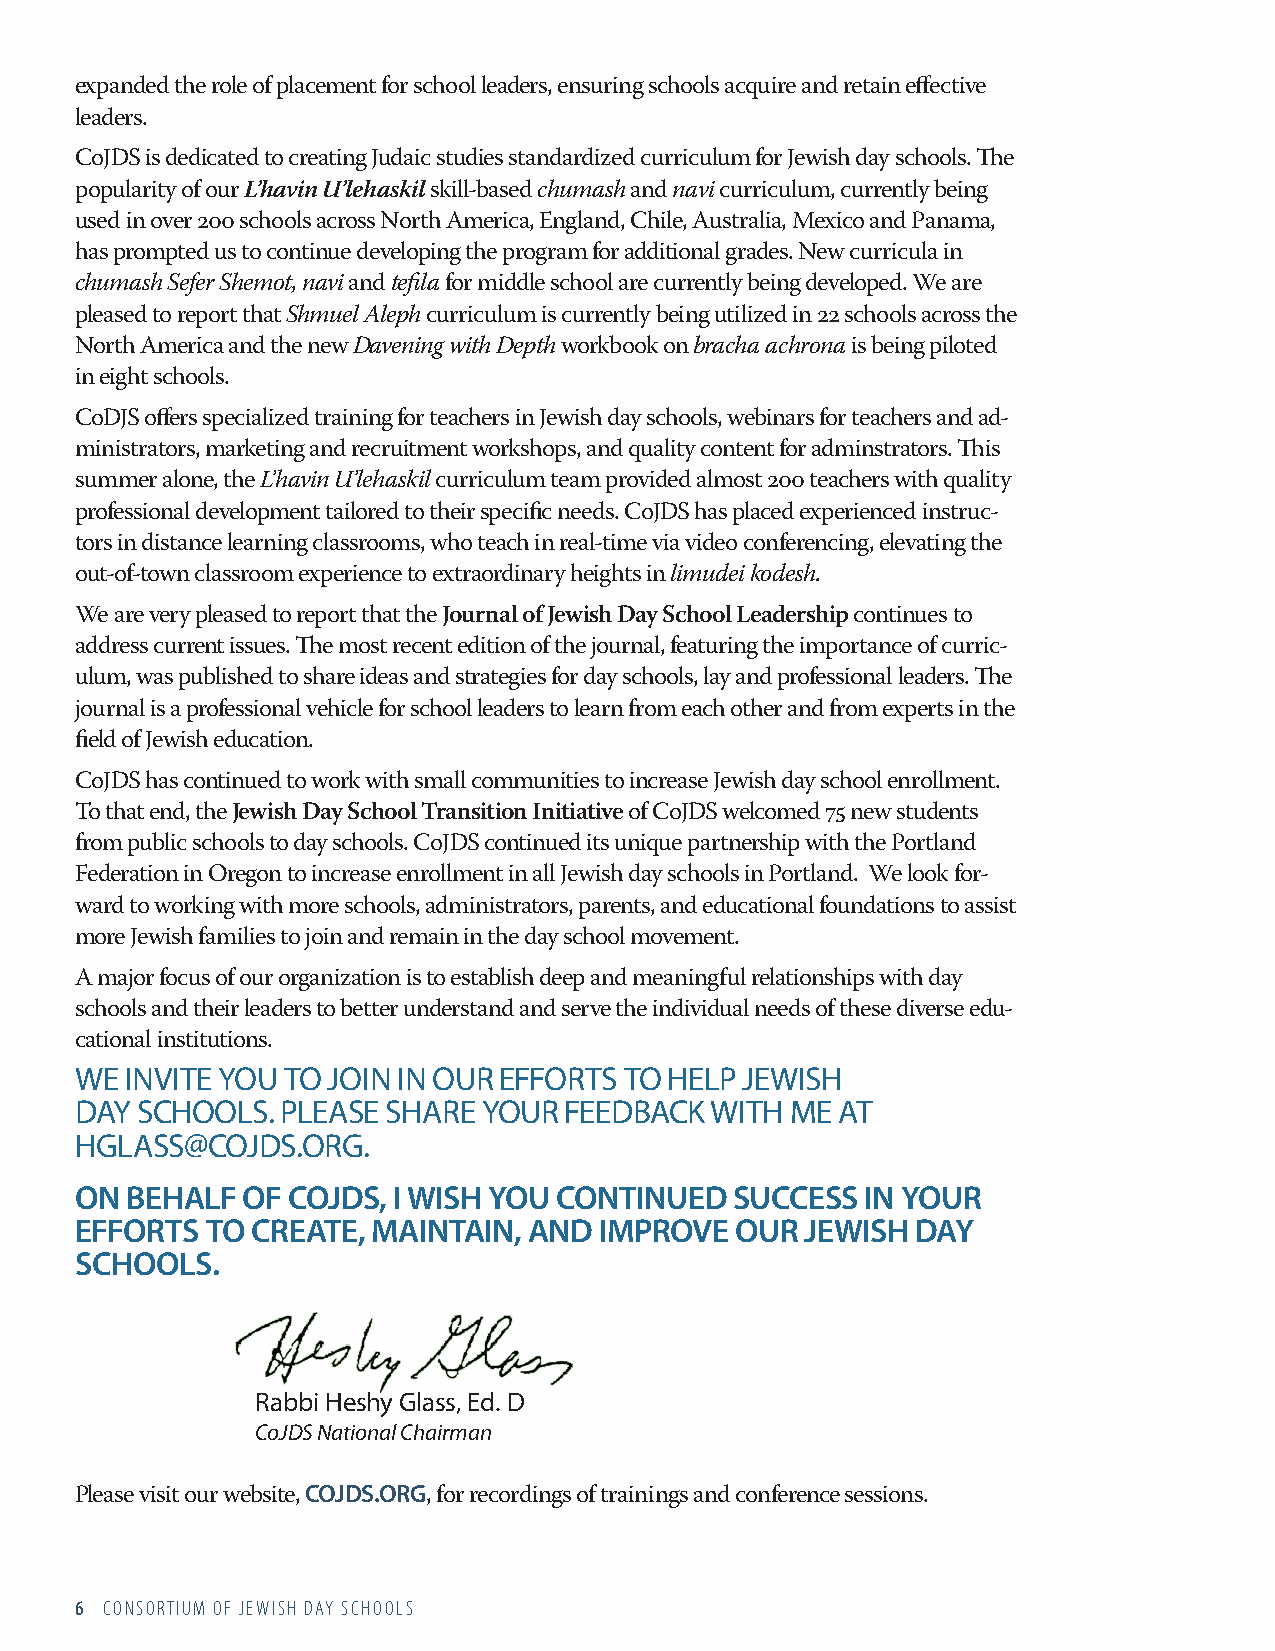
expanded the role of placement for school leaders, ensuring schools acquire and retain effective
 leaders.
 CoJDS is dedicated to creating Judaic studies standardized curriculum for Jewish day schools. The
 popularity of our L’havin U’lehaskil skill-based chumash and navi curriculum, currently being
 used in over 200 schools across North America, England, Chile, Australia, Mexico and Panama,
 has prompted us to continue developing the program for additional grades. New curricula in
 chumash Sefer Shemot, navi and tefila for middle school are currently being developed. We are
 pleased to report that Shmuel Aleph curriculum is currently being utilized in 22 schools across the
 North America and the new Davening with Depth workbook on bracha achrona is being piloted
 in eight schools.
 CoDJS offers specialized training for teachers in Jewish day schools, webinars for teachers and ad-
 ministrators, marketing and recruitment workshops, and quality content for adminstrators. This
 summer alone, the L’havin U’lehaskil curriculum team provided almost 200 teachers with quality
 professional development tailored to their specific needs. CoJDS has placed experienced instruc-
 tors in distance learning classrooms, who teach in real-time via video conferencing, elevating the
 out-of-town classroom experience to extraordinary heights in limudei kodesh.
 We are very pleased to report that the Journal of Jewish Day School Leadership continues to
 address current issues. The most recent edition of the journal, featuring the importance of curric-
 ulum, was published to share ideas and strategies for day schools, lay and professional leaders. The
 journal is a professional vehicle for school leaders to learn from each other and from experts in the
 field of Jewish education.
 CoJDS has continued to work with small communities to increase Jewish day school enrollment.
 To that end, the Jewish Day School Transition Initiative of CoJDS welcomed 75 new students
 from public schools to day schools. CoJDS continued its unique partnership with the Portland
 Federation in Oregon to increase enrollment in all Jewish day schools in Portland. We look for-
 ward to working with more schools, administrators, parents, and educational foundations to assist
 more Jewish families to join and remain in the day school movement.
 A major focus of our organization is to establish deep and meaningful relationships with day
 schools and their leaders to better understand and serve the individual needs of these diverse edu-
 cational institutions.
 WE INVITE YOU TO JOIN IN OUR EFFORTS TO HELP JEWISH
 DAY SCHOOLS.  PLEASE SHARE YOUR FEEDBACK  WITH ME  AT
 HGLASS@COJDS.ORG.
 ON BEHALF  OF COJDS, I WISH YOU CONTINUED   SUCCESS IN YOUR
 EFFORTS  TO CREATE, MAINTAIN, AND  IMPROVE  OUR JEWISH  DAY
 SCHOOLS.
 Rabbi Heshy Glass, Ed. D
 CoJDS National Chairman
 COJDS.ORG
 Please visit our website, , for recordings of trainings and conference sessions.
 6 CONSORTIUM OF JEWISH DAY SCHOOLS